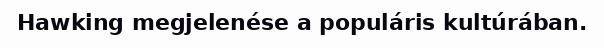
Hawking megjelenése a populáris kultúrában.